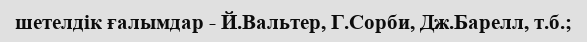
шетелдік ғалымдар - Й.Вальтер, Г.Сорби, Дж.Барелл, т.б.;